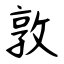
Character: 敦